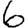
Digit: 6